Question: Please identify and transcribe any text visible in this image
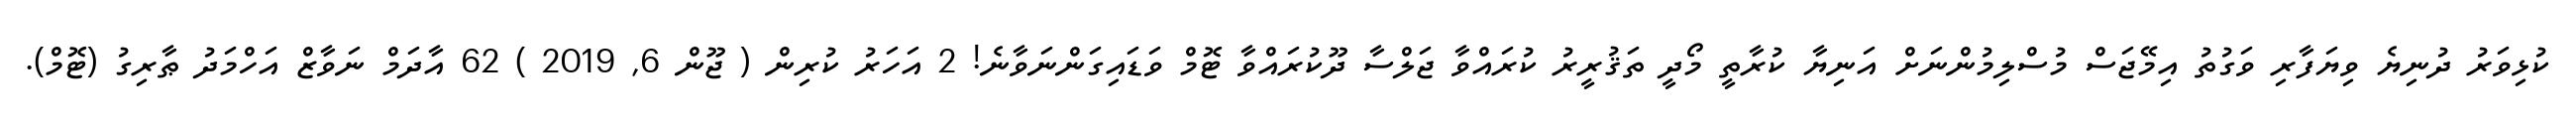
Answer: ކުޅިވަރު ދުނިޔެ ވިޔަފާރި ވަގުތު އިމޭޖަސް މުސްލިމުންނަށް އަނިޔާ ކުރާތީ މޯދީ ތަޤުރީރު ކުރައްވާ ޖަލްސާ ދޫކުރައްވާ ޓޮމް ވަޑައިގަންނަވާނެ! 2 އަހަރު ކުރިން ( ޖޫން 6, 2019 ) 62 އާދަމް ނަވާޒް އަހްމަދު ޠާރިގު (ޓޮމް).